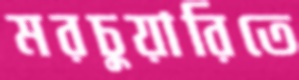
মরচুয়ারিতে